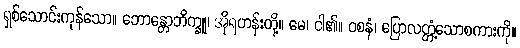
ရှစ်သောင်းကုန်သော။ ဘောန္တောဘိက္ခူ၊ အိုရဟန်းတို့။ မေ၊ ငါ၏။ ဝစနံ၊ ပြောလတ္တံ့သောစကားကို။